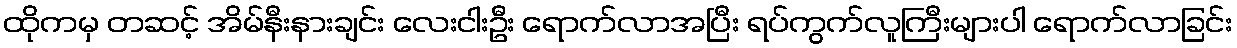
ထိုကမှ တဆင့် အိမ်နီးနားချင်း လေးငါးဦး ရောက်လာအပြီး ရပ်ကွက်လူကြီးများပါ ရောက်လာခြင်း